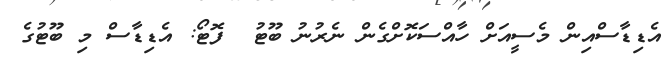
އެޑިޑާސްއިން މެސީއަށް ހާއްސަކޮށްގެން ނެރުނު ބޫޓު  ފޮޓޯ: އެޑިޑާސް މި ބޫޓުގެ